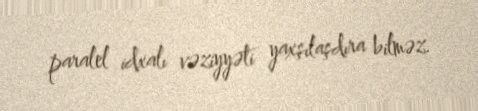
paralel idxalı vəziyyəti yaxşılaşdıra bilməz.